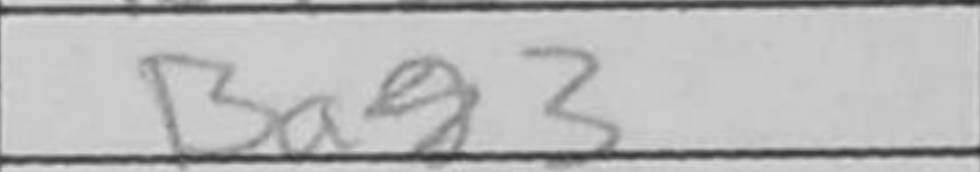
Transcription: Ba3